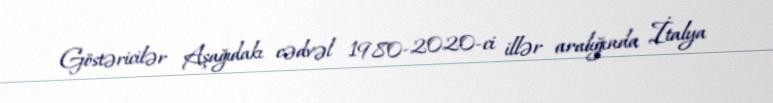
Göstəricilər Aşağıdakı cədvəl 1980-2020-ci illər aralığında İtalya